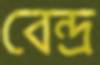
বেন্দ্র